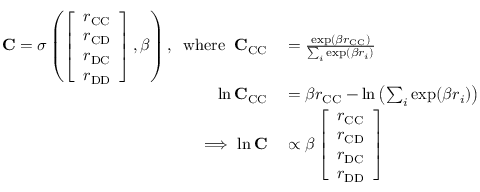
\begin{array} { r l } { \mathbf { C } = \sigma \left( \left[ \begin{array} { l } { r _ { \mathrm { C C } } } \\ { r _ { \mathrm { C D } } } \\ { r _ { \mathrm { D C } } } \\ { r _ { \mathrm { D D } } } \end{array} \right] , \beta \right) , \; \; \mathrm { w h e r e } \; \; \mathbf { C } _ { \mathrm { C C } } } & { { } = \frac { \exp ( \beta r _ { \mathrm { C C } } ) } { \sum _ { i } \exp ( \beta r _ { i } ) } } \\ { \ln \mathbf { C } _ { \mathrm { C C } } } & { { } = \beta r _ { \mathrm { C C } } - \ln \left( \sum _ { i } \exp ( \beta r _ { i } ) \right) } \\ { \implies \ln \mathbf { C } } & { { } \propto \beta \left[ \begin{array} { l } { r _ { \mathrm { C C } } } \\ { r _ { \mathrm { C D } } } \\ { r _ { \mathrm { D C } } } \\ { r _ { \mathrm { D D } } } \end{array} \right] } \end{array}